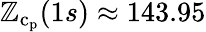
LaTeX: \mathbb{Z}_{\mathrm{{c}}_{\mathrm{{p}}}}(1s)\approx143.95